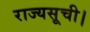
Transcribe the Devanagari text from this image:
राज्यसूची।